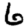
Digit: 6